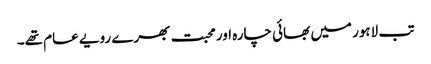
تب لاہور میں بھائی چارہ اور محبت بھرے رویے عام تھے۔